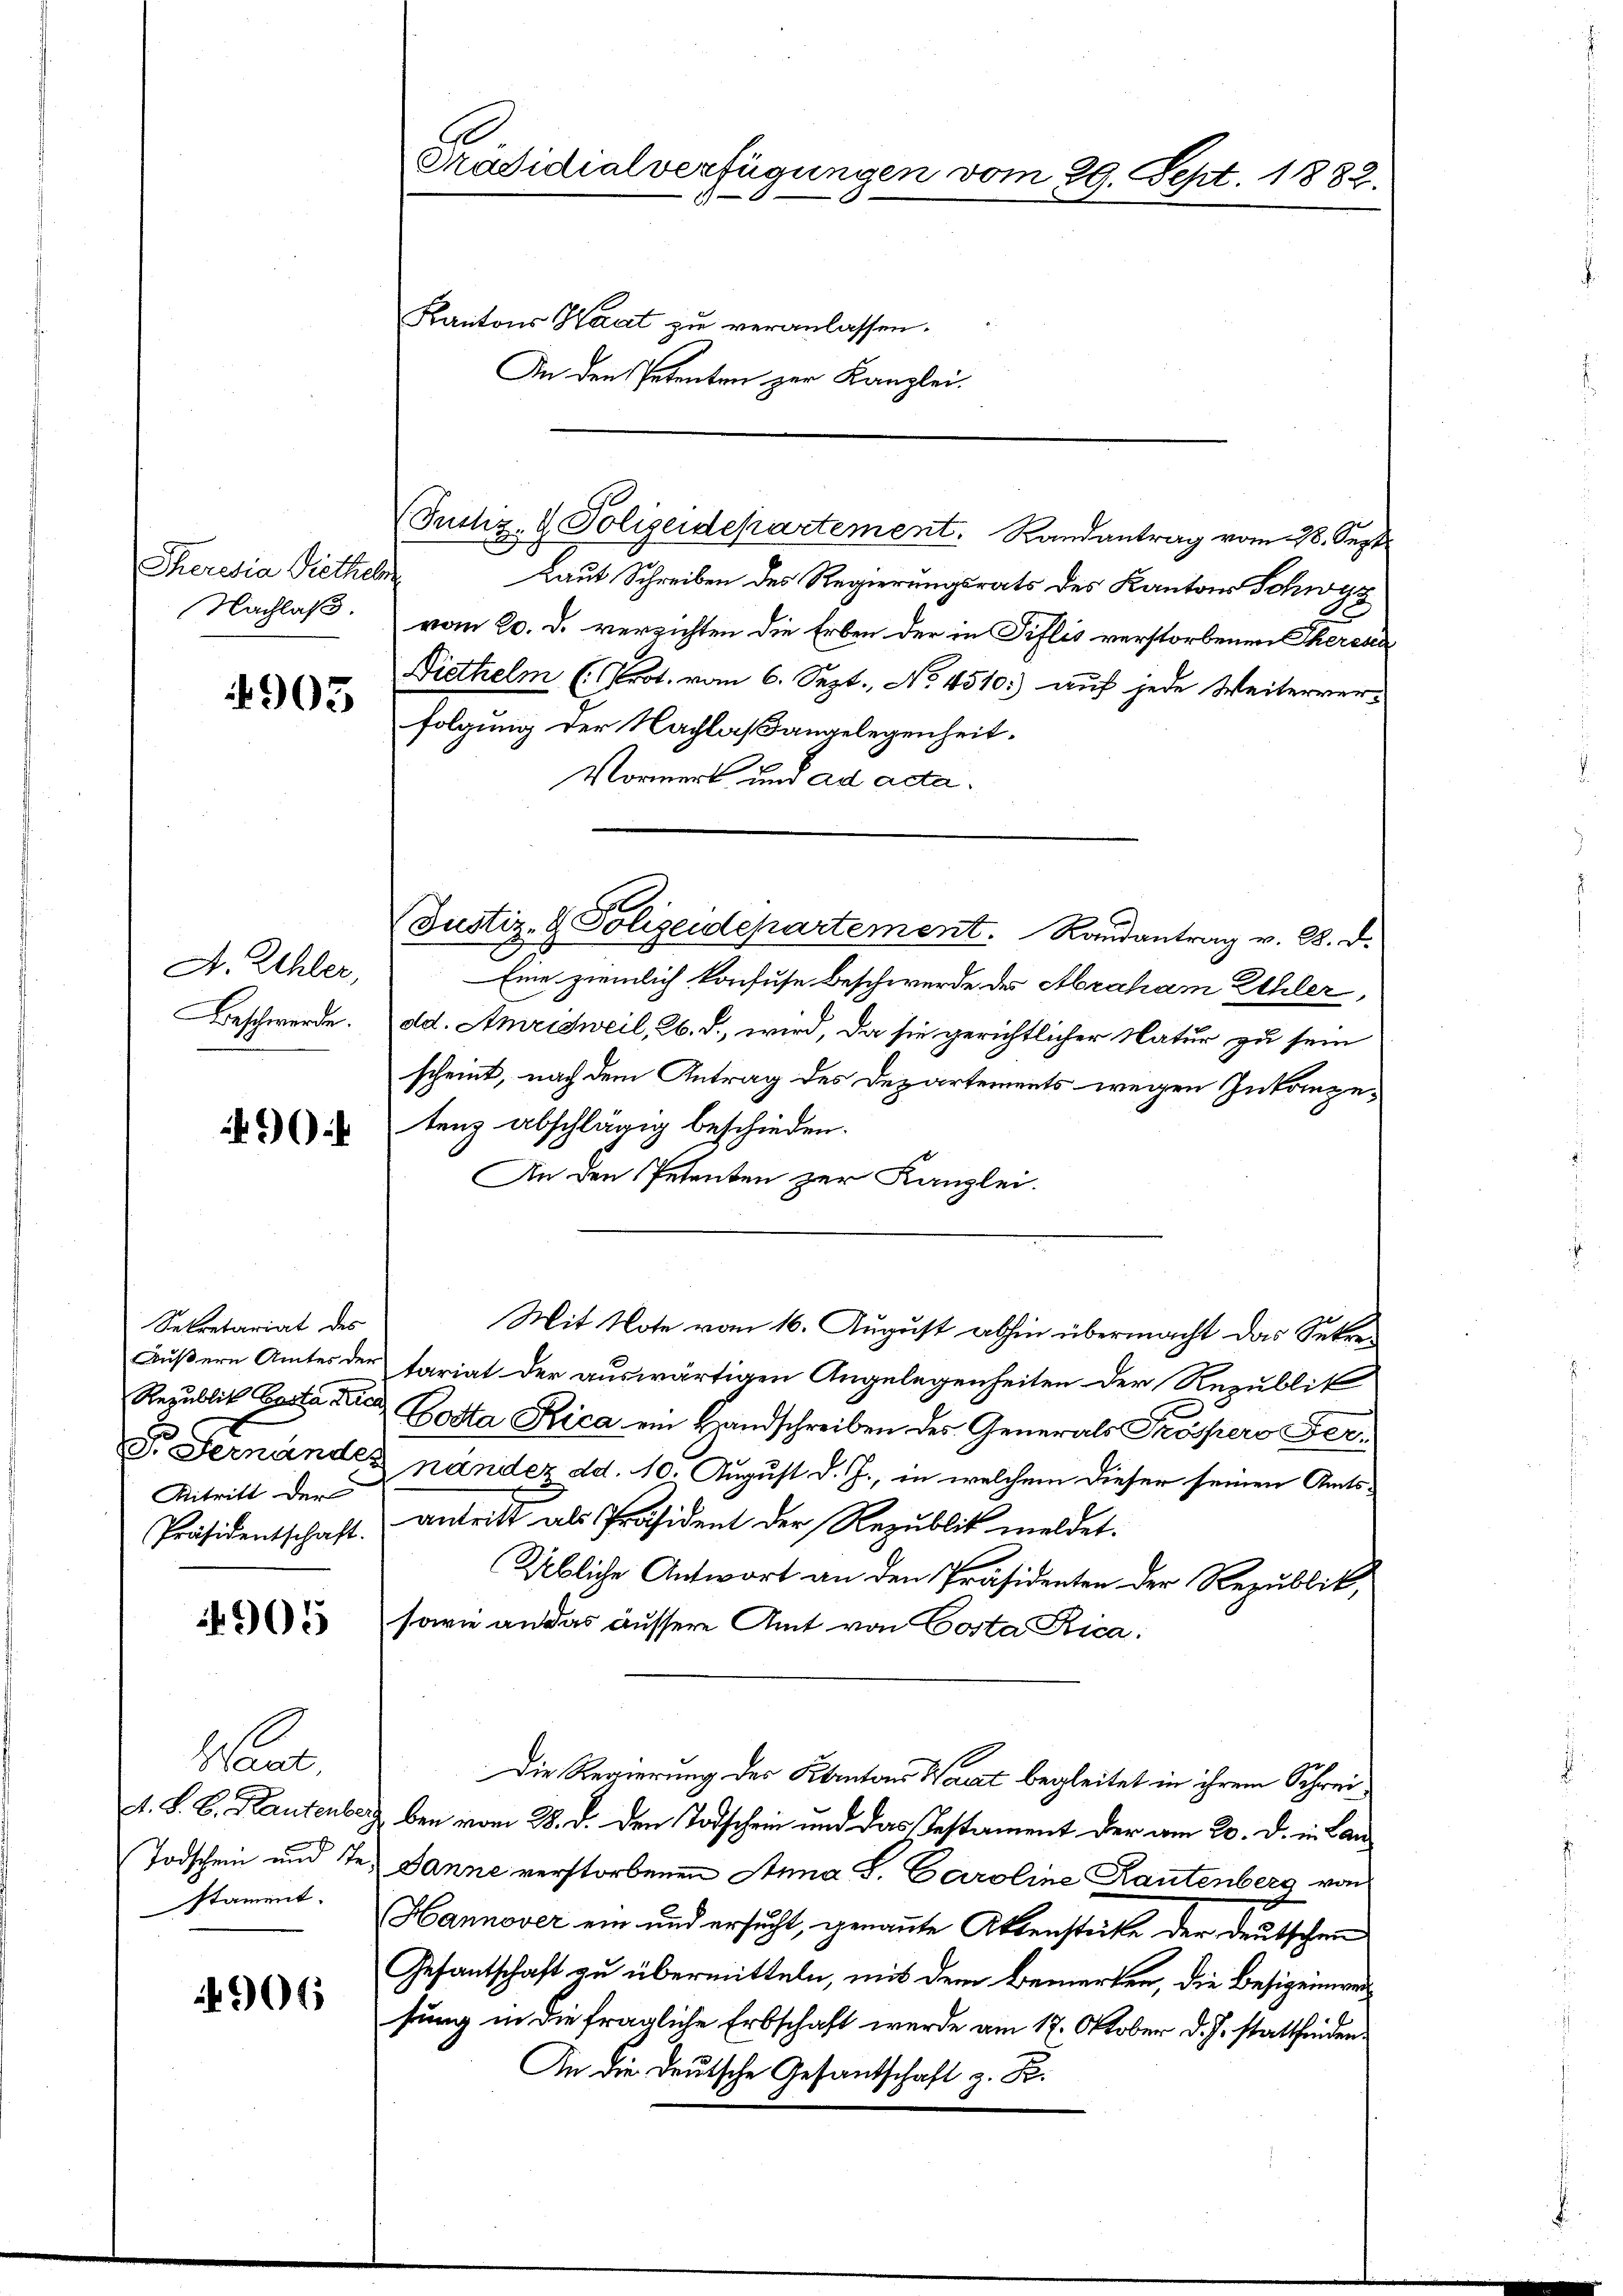
Theresia Diethel
Nachlaß

4905

A. Uhler,
Beschwerde.

90

Sekretariat des
Äußern Amtes der
Republik Costa Kra
F. Fernandes
Kitritt der

4905

Haus
A. S. B. Kautenbe
Todschein und se
stament.

906

Präsidialverfügungen vom 29. Sept. 1882.
Kantons Saat zu veranlassen.
An den Petenten zur Kanzlei.

Laut Schreiben des Regierungsrats des Kantons Schwyz
vom 20. d. verrichten die Erben der in Tiflis verstorbenen Theresei
Diethelm (Prot. vom 6. Sept., No 4510.) auf jede Weiterver-
folgung der Nachlaßangelegenheit.
Vormerk und ad ada.
Eine ziemlich konfuse Beschwerde der Abraham Kehler,
dd. Amrisweil, b. d. wird, da sie gerichtlicher Natur zu sein
scheint, nach dem Antrag des Departements wegen Zukompetenz abschlägig beschieden.
An den Petenten zur Kanzlei.
Mit Note vom 16. August abhin übermacht das Sekretariat der auswärtigen Angelegenheiten der Republik
Costa Rica ein Handschreiben des Generals Frössers ernander dd. 10. August d. J., in welchem dieser seinen Amts¬
Präsidentschaft. Antritt als Präsident der Republik meldet.
1 x
Übliche Antwort an den Präsidenten der Republik,
sowie an das äussere Amt von Costa Rica:
Die Regierung des Kantons Wacat begleitet in ihrem Schreiben vom 28. d. den Todschein und das Testament der vom 20. d. in Lan¬
Danne verstorbenen Anna L. Caroline Rautenberg von
Hannover ein und ersucht, genannte Aktenstücke der deutschen
Gesantschaft zu übermitteln, mit dem Bemerken, die Besigeinweisung in die fragliche Erbschaft werde am 17. Oktober d. J. stattfinden
An die Deutsche Gesantschaft z. B.

(Justiz- & Polizeidepartement. Randantrag vom 28. Sept

Justiz- & Polizeidepartement. Randantrag v. 28. d.